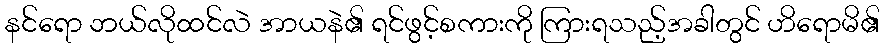
နင်ရော ဘယ်လိုထင်လဲ အာယနဲ၏ ရင်ဖွင့်စကားကို ကြားရသည့်အခါတွင် ဟိရောမိ၏